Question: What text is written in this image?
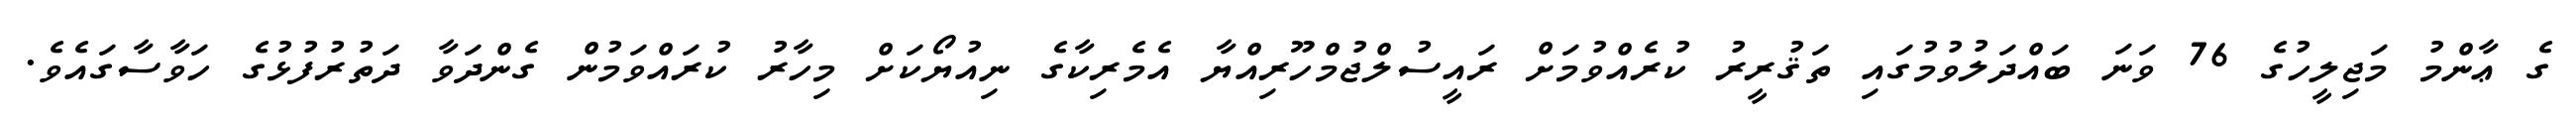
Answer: ގެ ޢާންމު މަޖިލީހުގެ 76 ވަނަ ބައްދަލުވުމުގައި ތަޤުރީރު ކުރެއްވުމަށް ރައީސުލްޖުމްހޫރިއްޔާ އެމެރިކާގެ ނިއުޔޯކަށް މިހާރު ކުރައްވަމުން ގެންދަވާ ދަތުރުފުޅުގެ ހަވާސާގައެވެ.